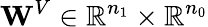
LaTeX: \mathbf{W}^{V}\in\mathbb{R}^{n_{1}}\times\mathbb{R}^{n_{0}}